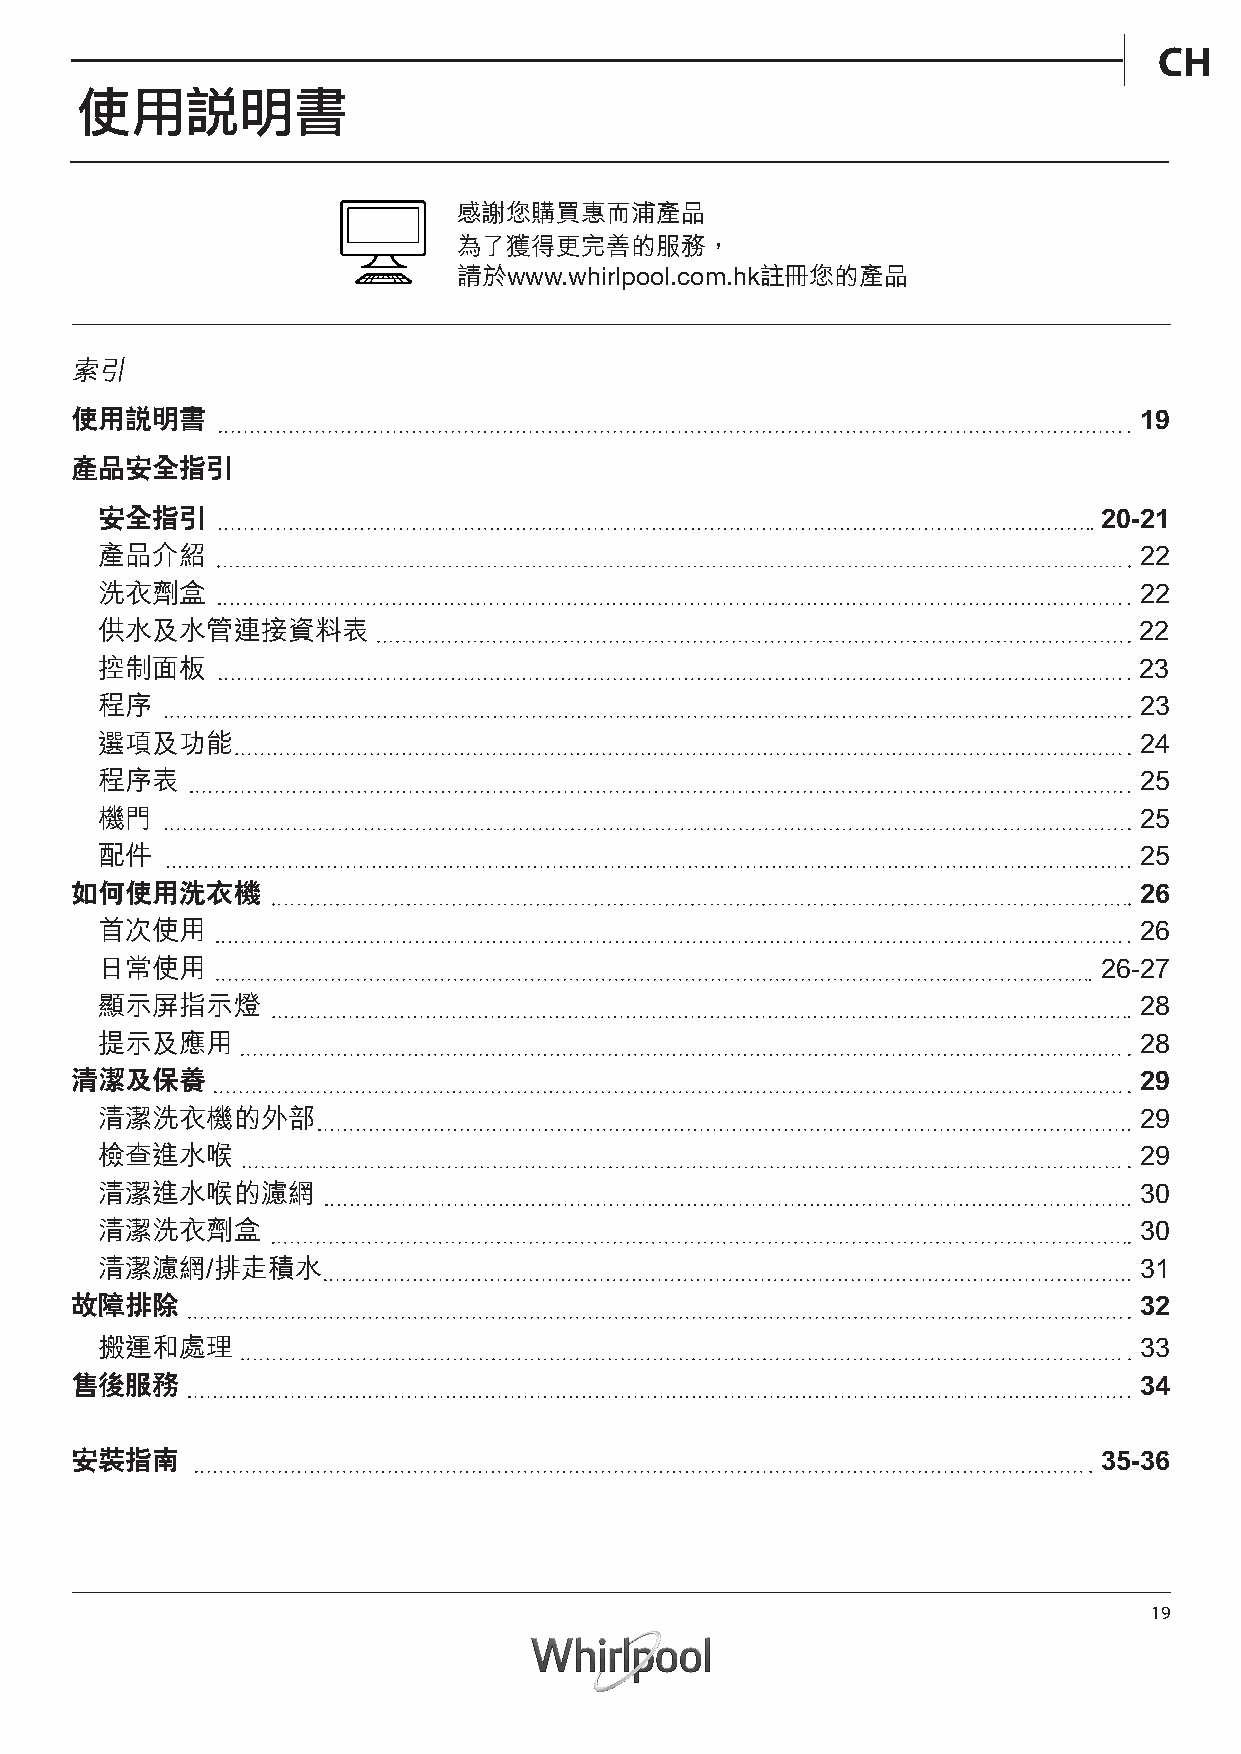
CH
 使用說明書
 感謝您購買惠而浦產品
 為了獲得更完善的服務，
 請於www.whirlpool.com.hk註冊您的產品
 索引
 使用說明書                                                                 19
 產品安全指引
 安全指引                                                               20-21
 產品介紹                                                                 22
 洗衣劑盒                                                                 22
 供水及水管連接資料表                                                           22
 控制面板                                                                 23
 程序                                                                   23
 選項及功能                                                                24
 程序表                                                                  25
 機門                                                                   25
 配件                                                                   25
 如何使用洗衣機                                                               26
 首次使用                                                                 26
 日常使用                                                               26-27
 顯示屏指示燈                                                               28
 提示及應用                                                                28
 清潔及保養                                                                 29
 清潔洗衣機的外部                                                             29
 檢查進水喉                                                                29
 清潔進水喉的濾網                                                             30
 清潔洗衣劑盒                                                               30
 清潔濾網/排走積水                                                            31
 故障排除                                                                  32
 搬運和處理                                                                33
 售後服務                                                                  34
 安裝指南                                                                35-36
 19